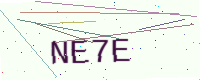
Text: NE7E